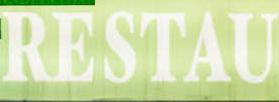
restau